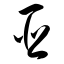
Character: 亚